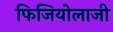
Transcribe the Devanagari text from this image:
फिजियोलाजी